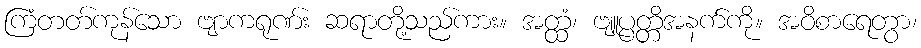
ကြံတတ်ကုန်သော ဗျာကရုဏ်း ဆရာတို့သည်ကား။ အတ္ထံ၊ ဗျူပ္ပတ္တိအနက်ကို။ အဝိစာရေတွာ၊